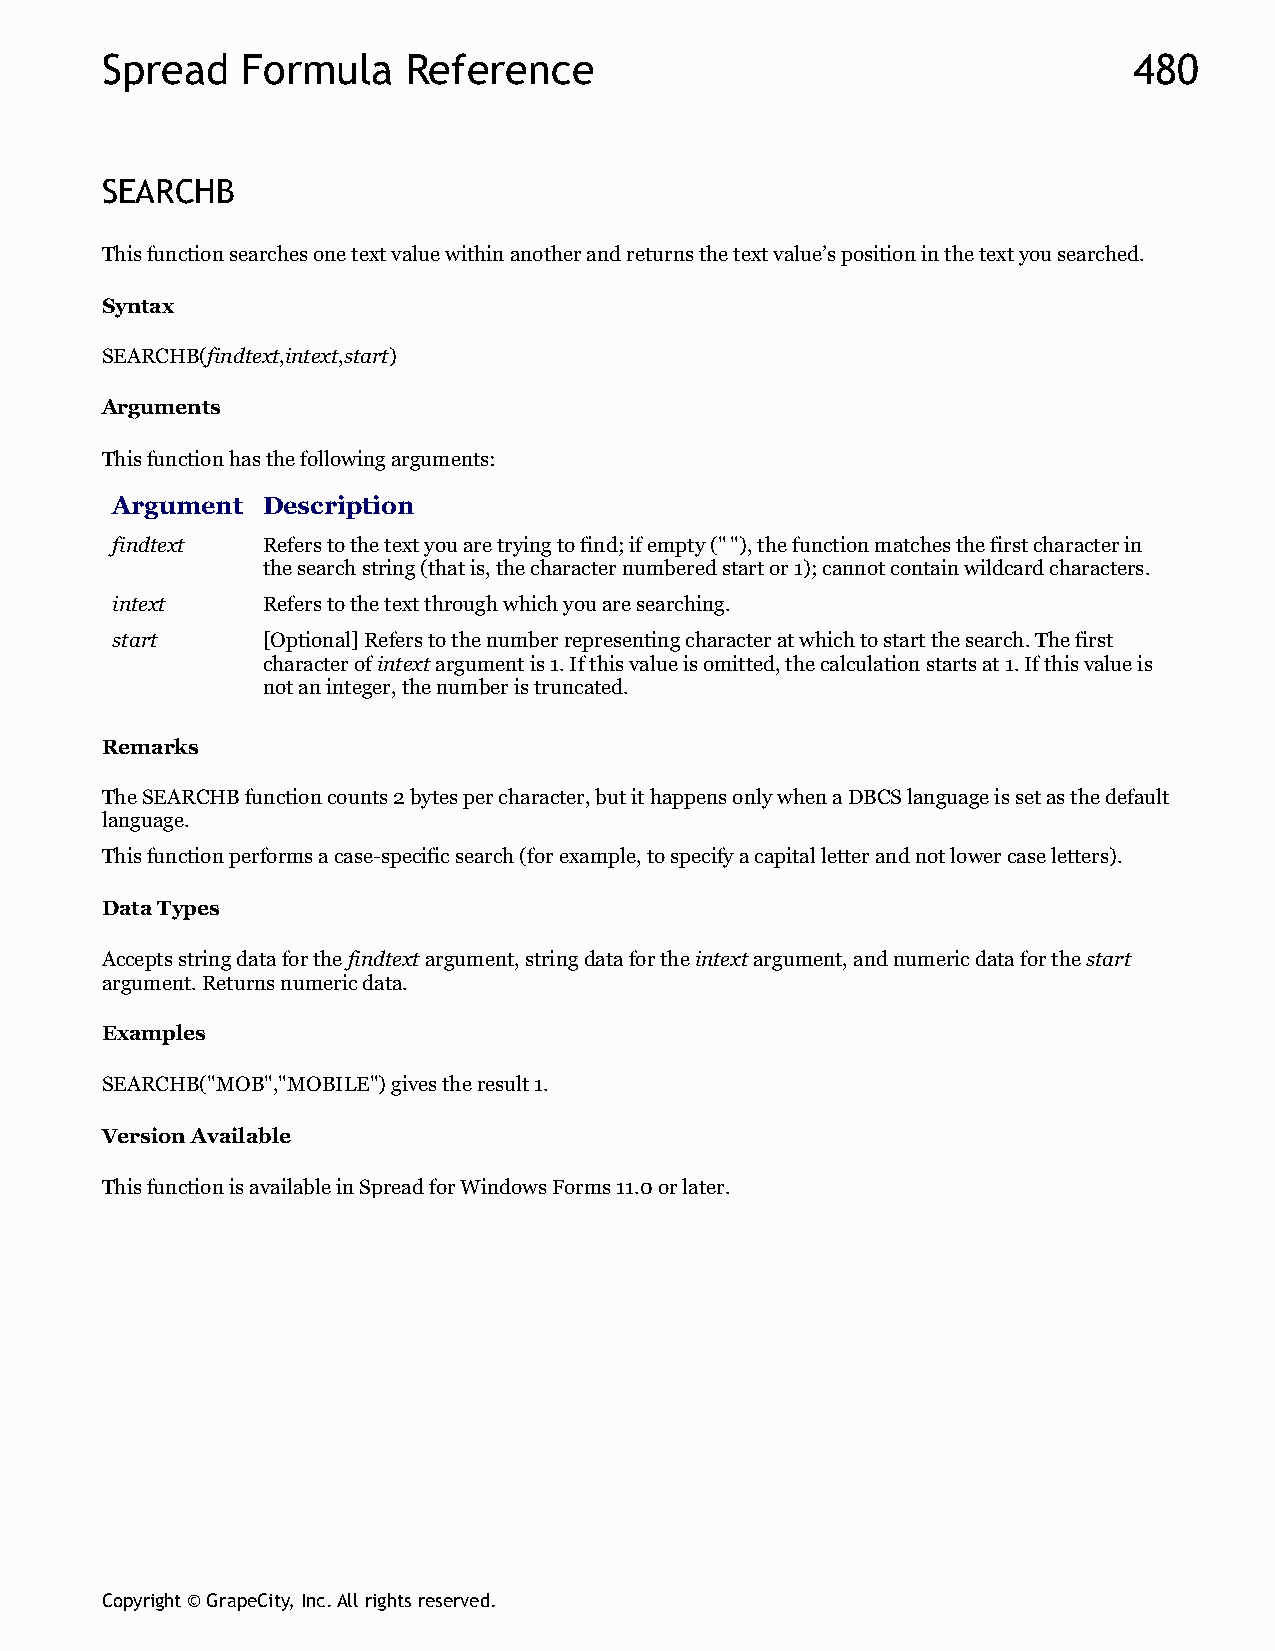
Spread   Formula    Reference                                       480
 SEARCHB
 This function searches one text value within another and returns the text value’s position in the text you searched.
 Syntax
 SEARCHB(findtext,intext,start)
 Arguments
 This function has the following arguments:
 Argument  Description
 findtext  Refers to the text you are trying to find; if empty (" "), the function matches the first character in
 the search string (that is, the character numbered start or 1); cannot contain wildcard characters.
 intext    Refers to the text through which you are searching.
 start     [Optional] Refers to the number representing character at which to start the search. The first
 character of intext argument is 1. If this value is omitted, the calculation starts at 1. If this value is
 not an integer, the number is truncated.
 Remarks
 The SEARCHB function counts 2 bytes per character, but it happens only when a DBCS language is set as the default
 language.
 This function performs a case-specific search (for example, to specify a capital letter and not lower case letters).
 Data Types
 Accepts string data for the findtext argument, string data for the intext argument, and numeric data for the start
 argument. Returns numeric data.
 Examples
 SEARCHB("MOB","MOBILE") gives the result 1.
 Version Available
 This function is available in Spread for Windows Forms 11.0 or later.
 Copyright © GrapeCity, Inc. All rights reserved.